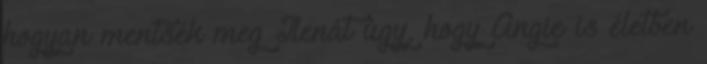
hogyan mentsék meg Ilenát úgy, hogy Angie is életben